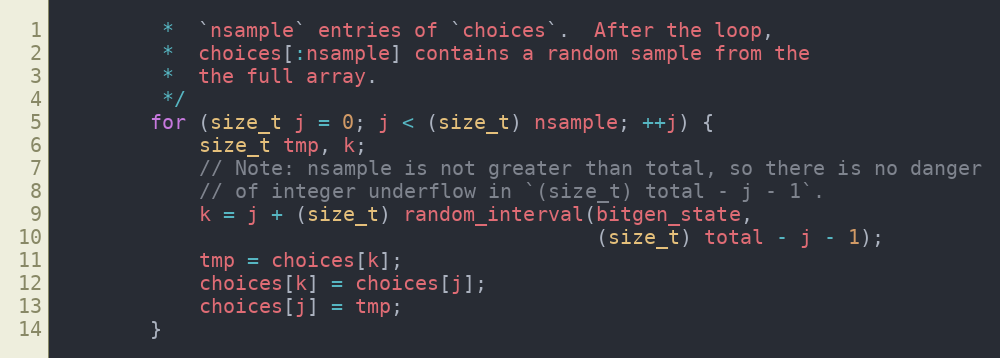
Language: C
         *  `nsample` entries of `choices`.  After the loop,
         *  choices[:nsample] contains a random sample from the
         *  the full array.
         */
        for (size_t j = 0; j < (size_t) nsample; ++j) {
            size_t tmp, k;
            // Note: nsample is not greater than total, so there is no danger
            // of integer underflow in `(size_t) total - j - 1`.
            k = j + (size_t) random_interval(bitgen_state,
                                             (size_t) total - j - 1);
            tmp = choices[k];
            choices[k] = choices[j];
            choices[j] = tmp;
        }